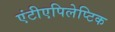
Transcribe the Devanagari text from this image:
एंटीएपिलेप्टिक